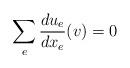
LaTeX: \begin{align*} \sum_{e} \frac{du_e}{dx_e}(v)=0\end{align*}